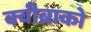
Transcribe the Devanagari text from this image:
क्वीब्राको